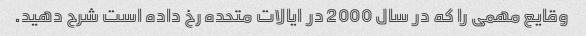
وقایع مهمی را که در سال 2000 در ایالات متحده رخ داده است شرح دهید.